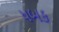
ધબક